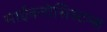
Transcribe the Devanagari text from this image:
माईकरोसिस्टम्स